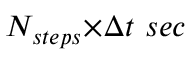
N _ { s t e p s } { \times } { \Delta { t } } ~ s e c